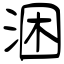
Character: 涃